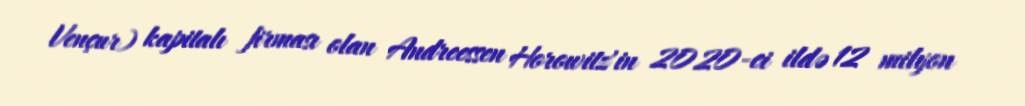
Vençur) kapitalı firması olan Andreessen Horowitz'in 2020-ci ildə 12 milyon